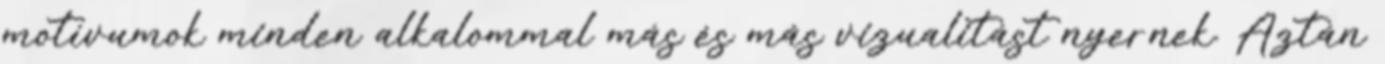
motívumok minden alkalommal más és más vizualitást nyernek. Aztán